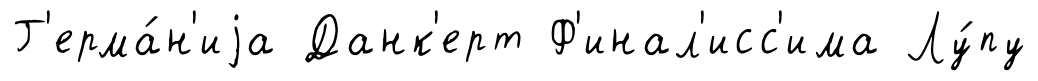
Г'ерма́н'иjа Данк'ерт Ф'инал'исс'има Лу́пу